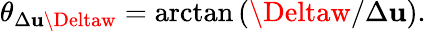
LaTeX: \theta_{\Delta\mathbf{u}\Deltaw}=\arctan{(\Deltaw/\Delta\mathbf{u})}.